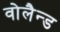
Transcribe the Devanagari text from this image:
वोलैन्ड